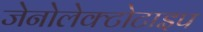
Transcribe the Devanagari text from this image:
जेनोलेक्टोटाइप